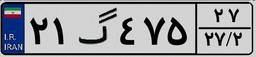
۵۷گ۶۴۴۶۶